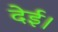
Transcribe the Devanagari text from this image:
देई।